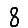
Digit: 8